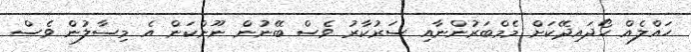
ހައްލެއް ހޯދައިދޭކަށް މެމްބަރުންނާއި ސަރުކާރު ވެސް ބޭނުން ނޫންކަން އެ މިސާލުން ވެސް